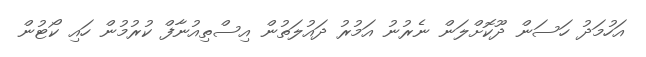
އަހުމަދު ހަސަން ދޫކޮށްލަން ނެރުނު އަމުރު ދައުލަތުން އިސްތިއުނާފް ކުރުމުން ހައި ކޯޓުން